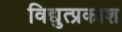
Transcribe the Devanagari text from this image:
विद्युत्प्रकाश